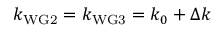
k _ { \mathrm { W G 2 } } = k _ { \mathrm { W G 3 } } = k _ { 0 } + \Delta k